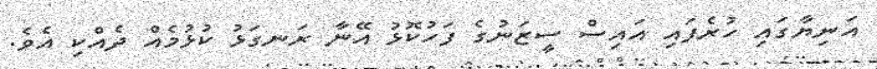
އަނިޔާގައި ހުރެފައި އައިސް ސީޒަނުގެ ފަހުކޮޅު އޭނާ ރަނގަޅު ކުޅުމެއް ދެއްކި އެވެ.